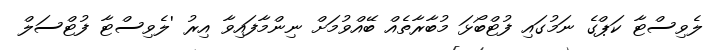
ލެވިސްޓާ ކަޕްގެ ނަމުގައި ފުޓްބޯޅަ މުބާރާތެއް ބޭއްވުމަށް ނިންމާފައިވާ އިރު 'ލެވިސްޓާ ފުޓްސަލް